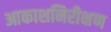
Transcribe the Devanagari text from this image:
आकाशनिरीक्षण